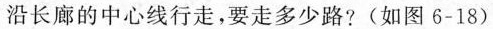
沿长廊的中心线行走，要走多少路?(如图6-18)